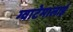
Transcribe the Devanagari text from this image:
ग्वाटेमालाई